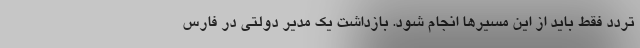
تردد فقط باید از این مسیرها انجام شود. بازداشت یک مدیر دولتی در فارس